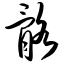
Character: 骼